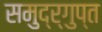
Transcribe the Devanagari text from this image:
समुद्र्गुप्त